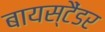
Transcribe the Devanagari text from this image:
बायस्टैंडर